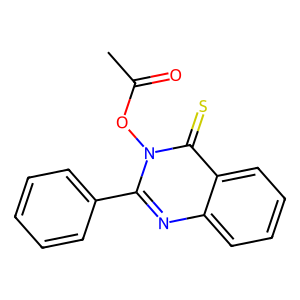
SMILES: CC(=O)On1c(-c2ccccc2)nc2ccccc2c1=S
Inhibits HIV replication: No